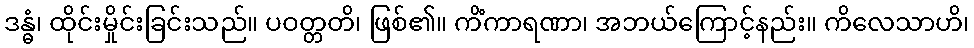
ဒန္ဓံ၊ ထိုင်းမှိုင်းခြင်းသည်။ ပဝတ္တတိ၊ ဖြစ်၏။ ကိံကာရဏာ၊ အဘယ်ကြောင့်နည်း။ ကိလေသာဟိ၊